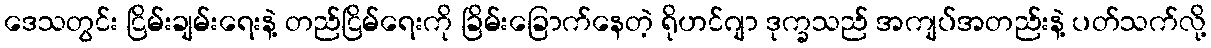
ဒေသတွင်း ငြိမ်းချမ်းရေးနဲ့ တည်ငြိမ်ရေးကို ခြိမ်းခြောက်နေတဲ့ ရိုဟင်ဂျာ ဒုက္ခသည် အကျပ်အတည်းနဲ့ ပတ်သက်လို့